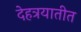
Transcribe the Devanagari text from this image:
देहत्रयातीत